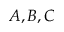
A , B , C